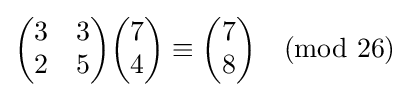
{\begin{pmatrix}3&3\\2&5\end{pmatrix}}{\begin{pmatrix}7\\4\end{pmatrix}}\equiv {\begin{pmatrix}7\\8\end{pmatrix}}{\pmod {26}}